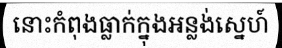
នោះកំពុងធ្លាក់ក្នុងអន្លង់ស្នេហ៍